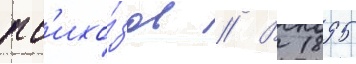
пс'ихо́зов // В 1895